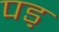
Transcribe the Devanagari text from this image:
पड़़